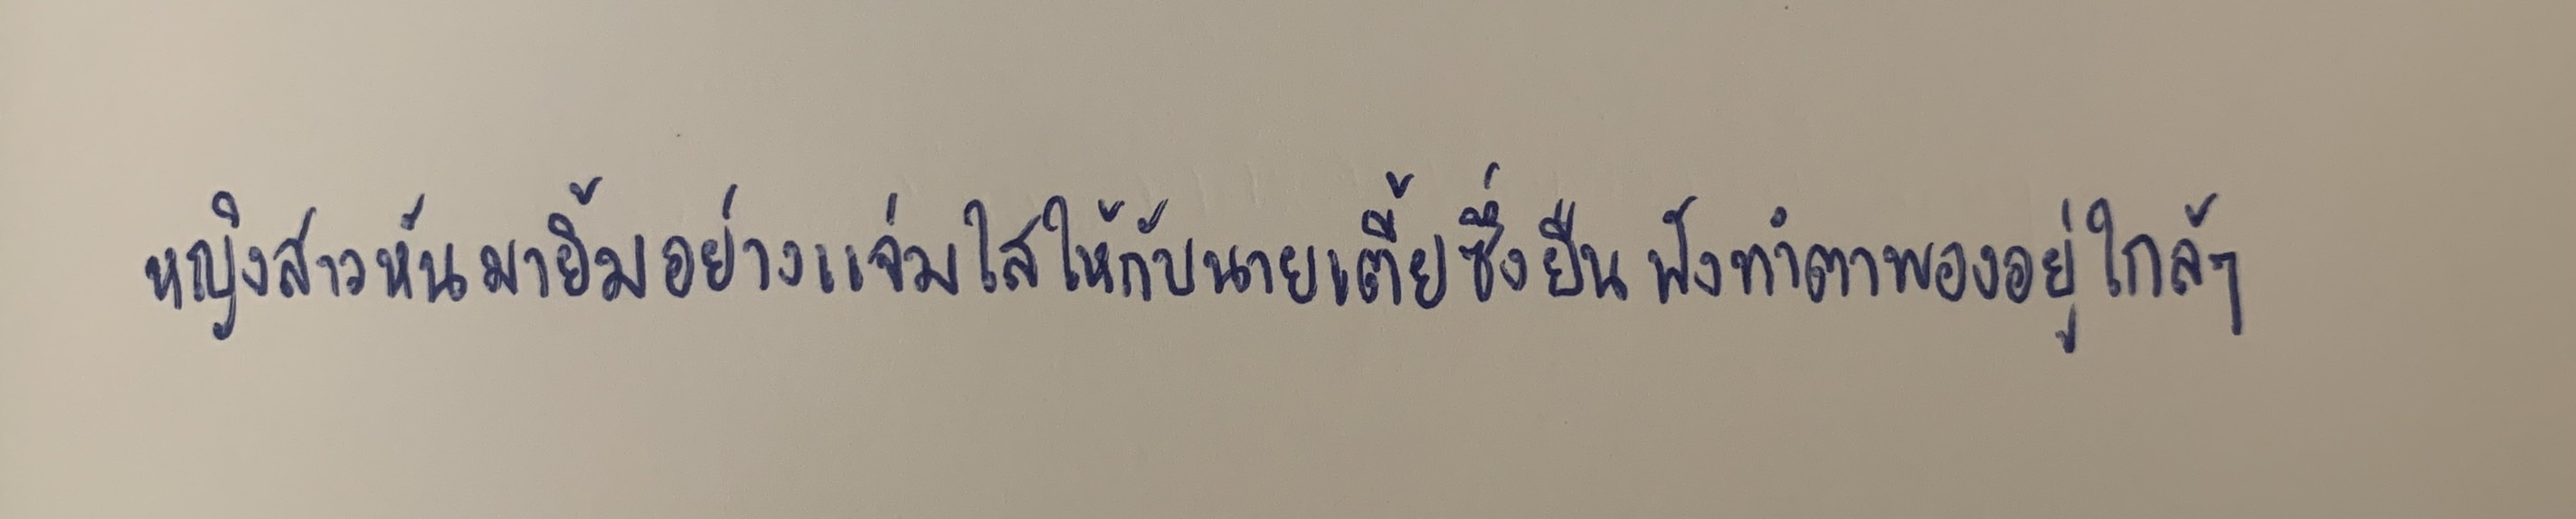
หญิงสาวหันมายิ้มอย่างแจ่มใสให้กับนายเตี้ยซึ่งยืนฟังทำตาพองอยู่ใกล้ๆ